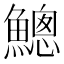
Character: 𲌿